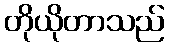
တိုယိုတာသည်